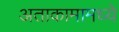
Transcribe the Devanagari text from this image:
अताकामामध्ये